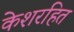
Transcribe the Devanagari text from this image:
केशरहित